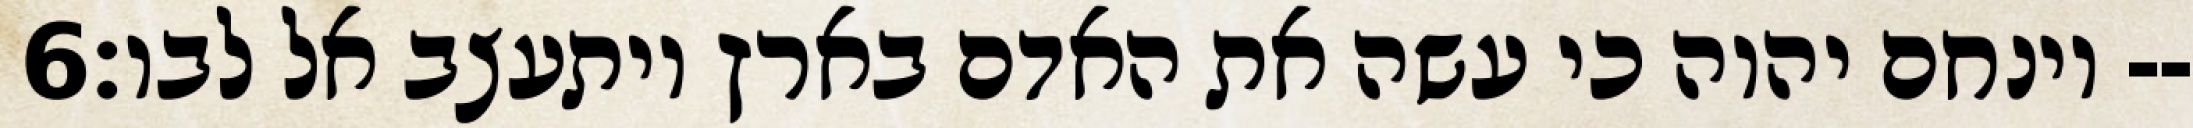
‎6‏ וינחם יהוה כי עשה את האדם בארץ ויתעצב אל לבו׃--